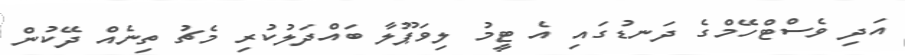
އަދި ވެސްޓްހޭމްގެ ދަނޑުގައި އެ ޓީމު ލިވަޕޫލާ ބައްދަލުކުރި މެޗު ތިނެއް ދޭކުން